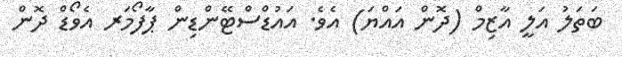
ބަތަލު އަލީ އާޒިމް (ދޮން އައްޔަ) އެވެ. އައުޑްސްޓޭންޑިން ޕާފޯމަރ އެވޯޑް ދޮން